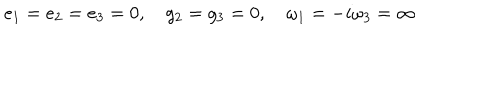
LaTeX: e _ { 1 } = e _ { 2 } = e _ { 3 } = 0 , \quad g _ { 2 } = g _ { 3 } = 0 , \quad \omega _ { 1 } = - i \omega _ { 3 } = \infty